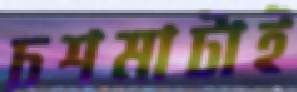
চশমাটাই